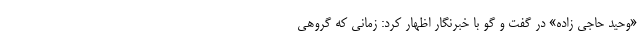
«وحید حاجی زاده» در گفت و گو با خبرنگار اظهار کرد: زمانی که گروهی